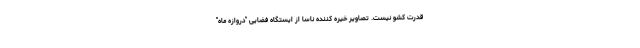
قدرت کشو نیست. تصاویر خیره‌ کننده‌ ناسا از ایستگاه فضایی "دروازه ماه"